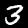
Label: 3